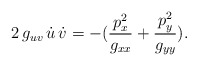
\begin{align*}2\,g_{uv}\,\dot{u}\,\dot{v} = - ({p_x^2 \over g_{xx}} +{p_y^2 \over g_{yy}}).\end{align*}